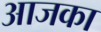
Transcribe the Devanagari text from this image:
आजका